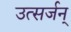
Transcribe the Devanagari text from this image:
उत्सर्जन्